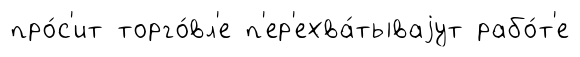
про́с'ит торго́вл'е п'ер'ехва́тываjут рабо́т'е